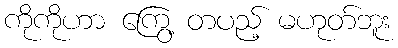
ကိုကိုဟာ ကြွေ့ တပည့် မဟုတ်ဘူး